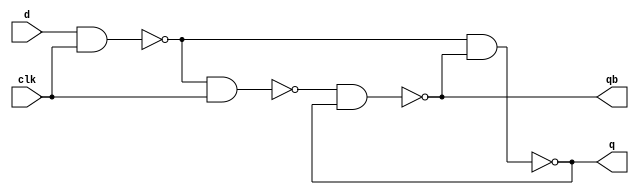
`timescale 1ns/1ns

module d_latch(input d,clk, output q,qb);

    wire w1,w2,w3,w4;
    assign q = w4;
    assign qb = w3;
    nand #8 n1(w1,d,clk),n2(w2,w1,clk),n3(w4,w1,w3),n4(w3,w2,w4);

endmodule

module d_latch_test ();
    
    reg d,clk=0;
    wire q,qb;
    d_latch test(d,clk,q,qb);

    always #25 clk <= ~clk;

    initial begin
        
        #25 
        d=0;
        #25
        d=1;
        #25
        d=0;
        #25
        d=1;
        #25
        d=1;
        #25
        d=1;
        #25
        d=0;
        #25
        d=0;
        #25
        d=0;
        #25
        d=1;
        #5
        d=0;
        #30
        d=1;

        #200 $stop;

    end

endmodule